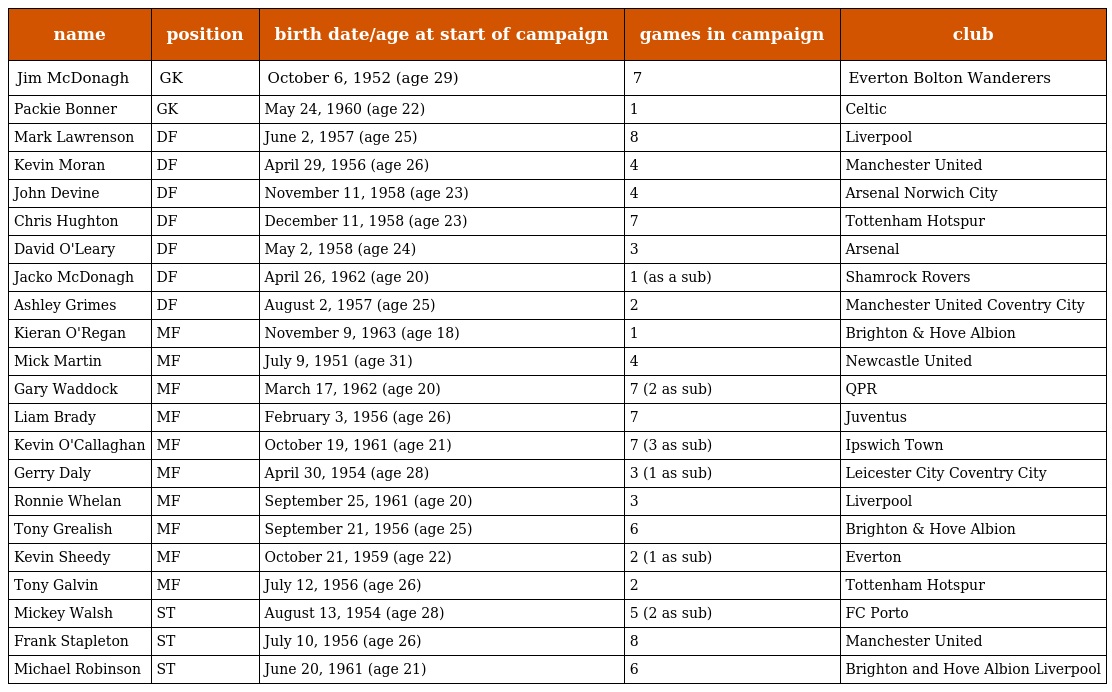
| name | position | birth date/age at start of campaign | games in campaign | club |
 | --- | --- | --- | --- | --- |
 | Jim McDonagh | GK | October 6, 1952 (age 29) | 7 | Everton Bolton Wanderers |
 | Packie Bonner | GK | May 24, 1960 (age 22) | 1 | Celtic |
 | Mark Lawrenson | DF | June 2, 1957 (age 25) | 8 | Liverpool |
 | Kevin Moran | DF | April 29, 1956 (age 26) | 4 | Manchester United |
 | John Devine | DF | November 11, 1958 (age 23) | 4 | Arsenal Norwich City |
 | Chris Hughton | DF | December 11, 1958 (age 23) | 7 | Tottenham Hotspur |
 | David O'Leary | DF | May 2, 1958 (age 24) | 3 | Arsenal |
 | Jacko McDonagh | DF | April 26, 1962 (age 20) | 1 (as a sub) | Shamrock Rovers |
 | Ashley Grimes | DF | August 2, 1957 (age 25) | 2 | Manchester United Coventry City |
 | Kieran O'Regan | MF | November 9, 1963 (age 18) | 1 | Brighton & Hove Albion |
 | Mick Martin | MF | July 9, 1951 (age 31) | 4 | Newcastle United |
 | Gary Waddock | MF | March 17, 1962 (age 20) | 7 (2 as sub) | QPR |
 | Liam Brady | MF | February 3, 1956 (age 26) | 7 | Juventus |
 | Kevin O'Callaghan | MF | October 19, 1961 (age 21) | 7 (3 as sub) | Ipswich Town |
 | Gerry Daly | MF | April 30, 1954 (age 28) | 3 (1 as sub) | Leicester City Coventry City |
 | Ronnie Whelan | MF | September 25, 1961 (age 20) | 3 | Liverpool |
 | Tony Grealish | MF | September 21, 1956 (age 25) | 6 | Brighton & Hove Albion |
 | Kevin Sheedy | MF | October 21, 1959 (age 22) | 2 (1 as sub) | Everton |
 | Tony Galvin | MF | July 12, 1956 (age 26) | 2 | Tottenham Hotspur |
 | Mickey Walsh | ST | August 13, 1954 (age 28) | 5 (2 as sub) | FC Porto |
 | Frank Stapleton | ST | July 10, 1956 (age 26) | 8 | Manchester United |
 | Michael Robinson | ST | June 20, 1961 (age 21) | 6 | Brighton and Hove Albion Liverpool |